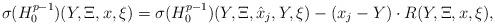
LaTeX: \begin{align*}\sigma(H_0^{p-1})(Y,\Xi,x,\xi) = \sigma(H_0^{p-1})(Y,\Xi,\hat{x}_j,Y,\xi) - (x_j-Y) \cdot R(Y,\Xi,x,\xi),\end{align*}